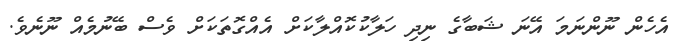
އެހެން ނޫންނަމަ އޭނަ ޝަބާގެ ނިދި ހަލާކުކޮއްލާކަށް އެއްގޮތަކަށް ވެސް ބޭނުމެއް ނޫނެވެ.